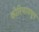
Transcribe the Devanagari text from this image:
कोरियामधून